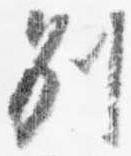
別